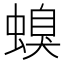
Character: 螑